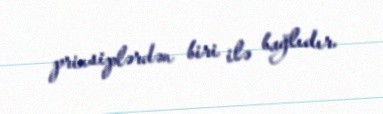
prinsiplərdən biri ilə bağlıdır.